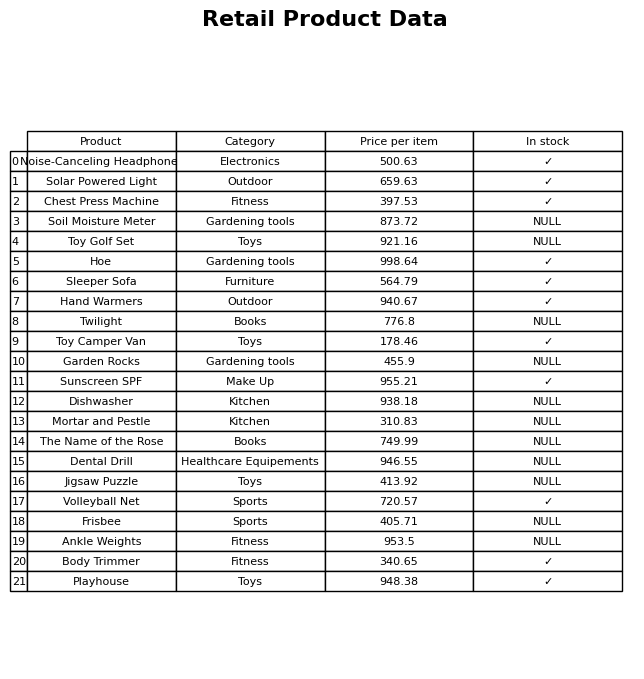
question: What is the price for Soil Moisture Meter?
answer: The price of Soil Moisture Meter is 873.72.